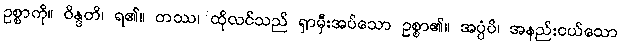
ဥစ္စာကို။ ဝိန္ဒတိ၊ ရ၏။ တဿ၊ ထိုလင်သည် ရှာမှီးအပ်သော ဥစ္စာ၏။ အပ္ပံပိ၊ အနည်းငယ်သော